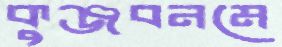
কুঞ্জবনমে